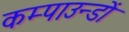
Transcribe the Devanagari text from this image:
कम्पाउन्डों